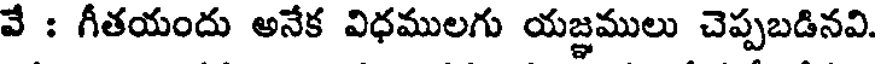
వే : గీతయందు అనేక విధములగు యజ్ఞములు చెప్పబడినవి.